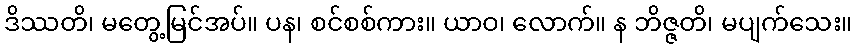
ဒိဿတိ၊ မတွေ့မြင်အပ်။ ပန၊ စင်စစ်ကား။ ယာဝ၊ လောက်။ န ဘိဇ္ဇတိ၊ မပျက်သေး။